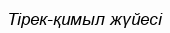
Тірек-қимыл жүйесі